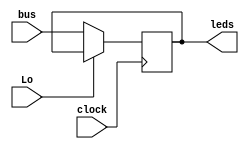
module output_register(input [7:0] bus, input Lo, clock, output reg [7:0] leds);

/*
LEGENDA
Lo -> Permite pegar os valores do bus (LOW) ou nao (HIGH)
*/

always @ (posedge clock)
begin
	leds <= Lo == 0 ? bus: leds;
end

endmodule